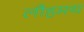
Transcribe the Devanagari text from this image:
लौहमय